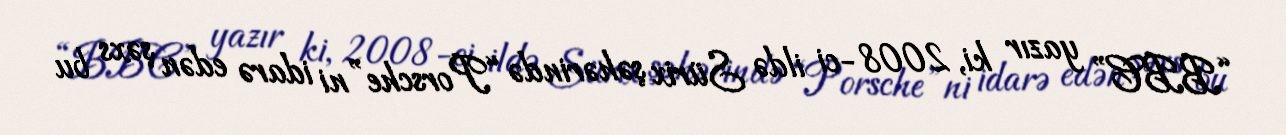
“BBC” yazır ki, 2008-ci ildə Sürix şəhərində “Porsche”ni idarə edən şəxs bu